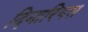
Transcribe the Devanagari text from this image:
दिनारियस